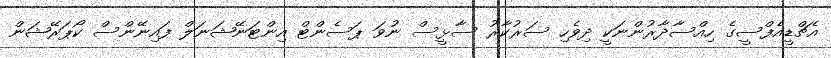
އެޗްޑީއެފްސީގެ ހިއްސާދާރުންނަކީ ދިވެހި ސަރުކާރު ސާޅީސް ނުވަ ޕަސެންޓް އިންޓަނޭޝަނަލް ފައިނޭންސް ކޯޕަރޭޝަން